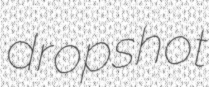
dropshot